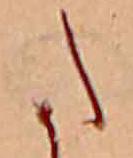
た